Civil Veterinary Dept. Bombay admin report 1893-99 - 1893-1899
Year: 1893
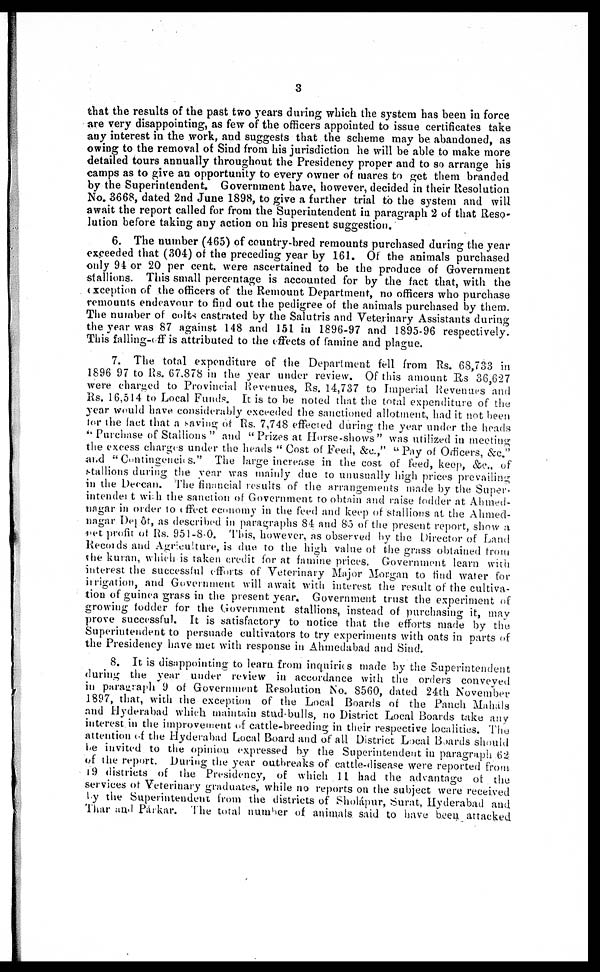
3
that the results of the past two years during which the system has been in force
are very disappointing, as few of the officers appointed to issue certificates take
any interest in the work, and suggests that the scheme may be abandoned, as
owing to the removal of Sind from his jurisdiction he will be able to make more
detailed tours annually throughout the Presidency proper and to so arrange his
camps as to give an opportunity to every owner of mares to get them branded
by the Superintendent. Government have, however, decided in their Resolution
No. 3668, dated 2nd June 1898, to give a further trial to the system and will
await the report called for from the Superintendent in paragraph 2 of that Reso-
lution before taking any action on his present suggestion.
6. The number (465) of country-bred remounts purchased during the year
exceeded that (304) of the preceding year by 161. Of the animals purchased
only 94 or 20 per cent. were ascertained to be the produce of Government
stallions. This small percentage is accounted for by the fact that, with the
exception of the officers of the Remount Department, no officers who purchase
remounts endeavour to find out the pedigree of the animals purchased by them.
The number of colts castrated by the Salutris and Veterinary Assistants during
the year was 87 against 148 and 151 in 1896-97 and 1895-96 respectively.
This falling- off is attributed to the effects of famine and plague.
7. The total expenditure of the Department fell from Rs. 68,733 in
1896 97 to Rs. 67.878 in the year under review. Of this amount Rs 36,627
were charged to Provincial Revenues, Rs. 14,737 to Imperial Revenues and
Rs. 16,514 to Local Funds. It is to be noted that the total expenditure of the
year would have considerably exceeded the sanctioned allotment, had it not been
for the fact that a saving of Rs. 7,748 effected during the year under the heads
" Purchase of Stallions " and " Prizes at Horse-shows " was utilized in meeting
the excess charges under the heads " Cost of Feed, &c.," " Pay of Officers, &c."
and " Contingencies." The large increase in the cost of feed, keep, &c., of
stallions during the year was mainly due to unusually high prices prevailing
in the Deccan. The financial results of the arrangements made by the Super-
intendent with the sanction of Government to obtain and raise fodder at Ahmed-
nagar in order to effect economy in the the and keep of stallions at the Ahmed-
nagar Depôt, as described in paragraphs 84 and 85 of the present report, show a
net profit of Rs. 951-8-0. This, however, as observed by the Director of Land
Records and Agriculture, is due to the high value of the grass obtained from
the kuran, which is taken credit for at famine prices. Government learn with
interest the successful efforts of Veterinary Major Morgan to find water for
irrigation, and Government will await with interest the result of the cultiva-
tion of guinea grass in the present year. Government trust the experiment of
growing fodder for the Government stallions, instead of purchasing it, may
prove successful. It is satisfactory to notice that the efforts made by the
Superintendent to persuade cultivators to try experiments with oats in parts of
the Presidency have met with response in Ahmedabad and Sind.
8. It is disappointing to learn from inquiries made by the Superintendent
during the year under review in accordance with the orders conveyed
in paragraph 9 of Government Resolution No. 8560, dated 24th November
1897, that, with the exception of the Local Boards of the Panch Mahals
and Hyderabad which maintain stud-bulls, no District Local Boards take any
interest in the improvement of cattle-breeding in their respective localities. The
attention of the Hyderabad Local Board and of all District Local Boards should
be invited to the opinion expressed by the Superintendent in paragraph 62
of the report. During the year outbreaks of cattle-disease were reported from
19 districts of the Presidency, of which 11 had the advantage of the
services of Veterinary graduates, while no reports on the subject were received
by the Superintendent from the districts of Sholápur, Surat, Hyderabad and
Thar and Parkar. The total number of animals said to have been attacked